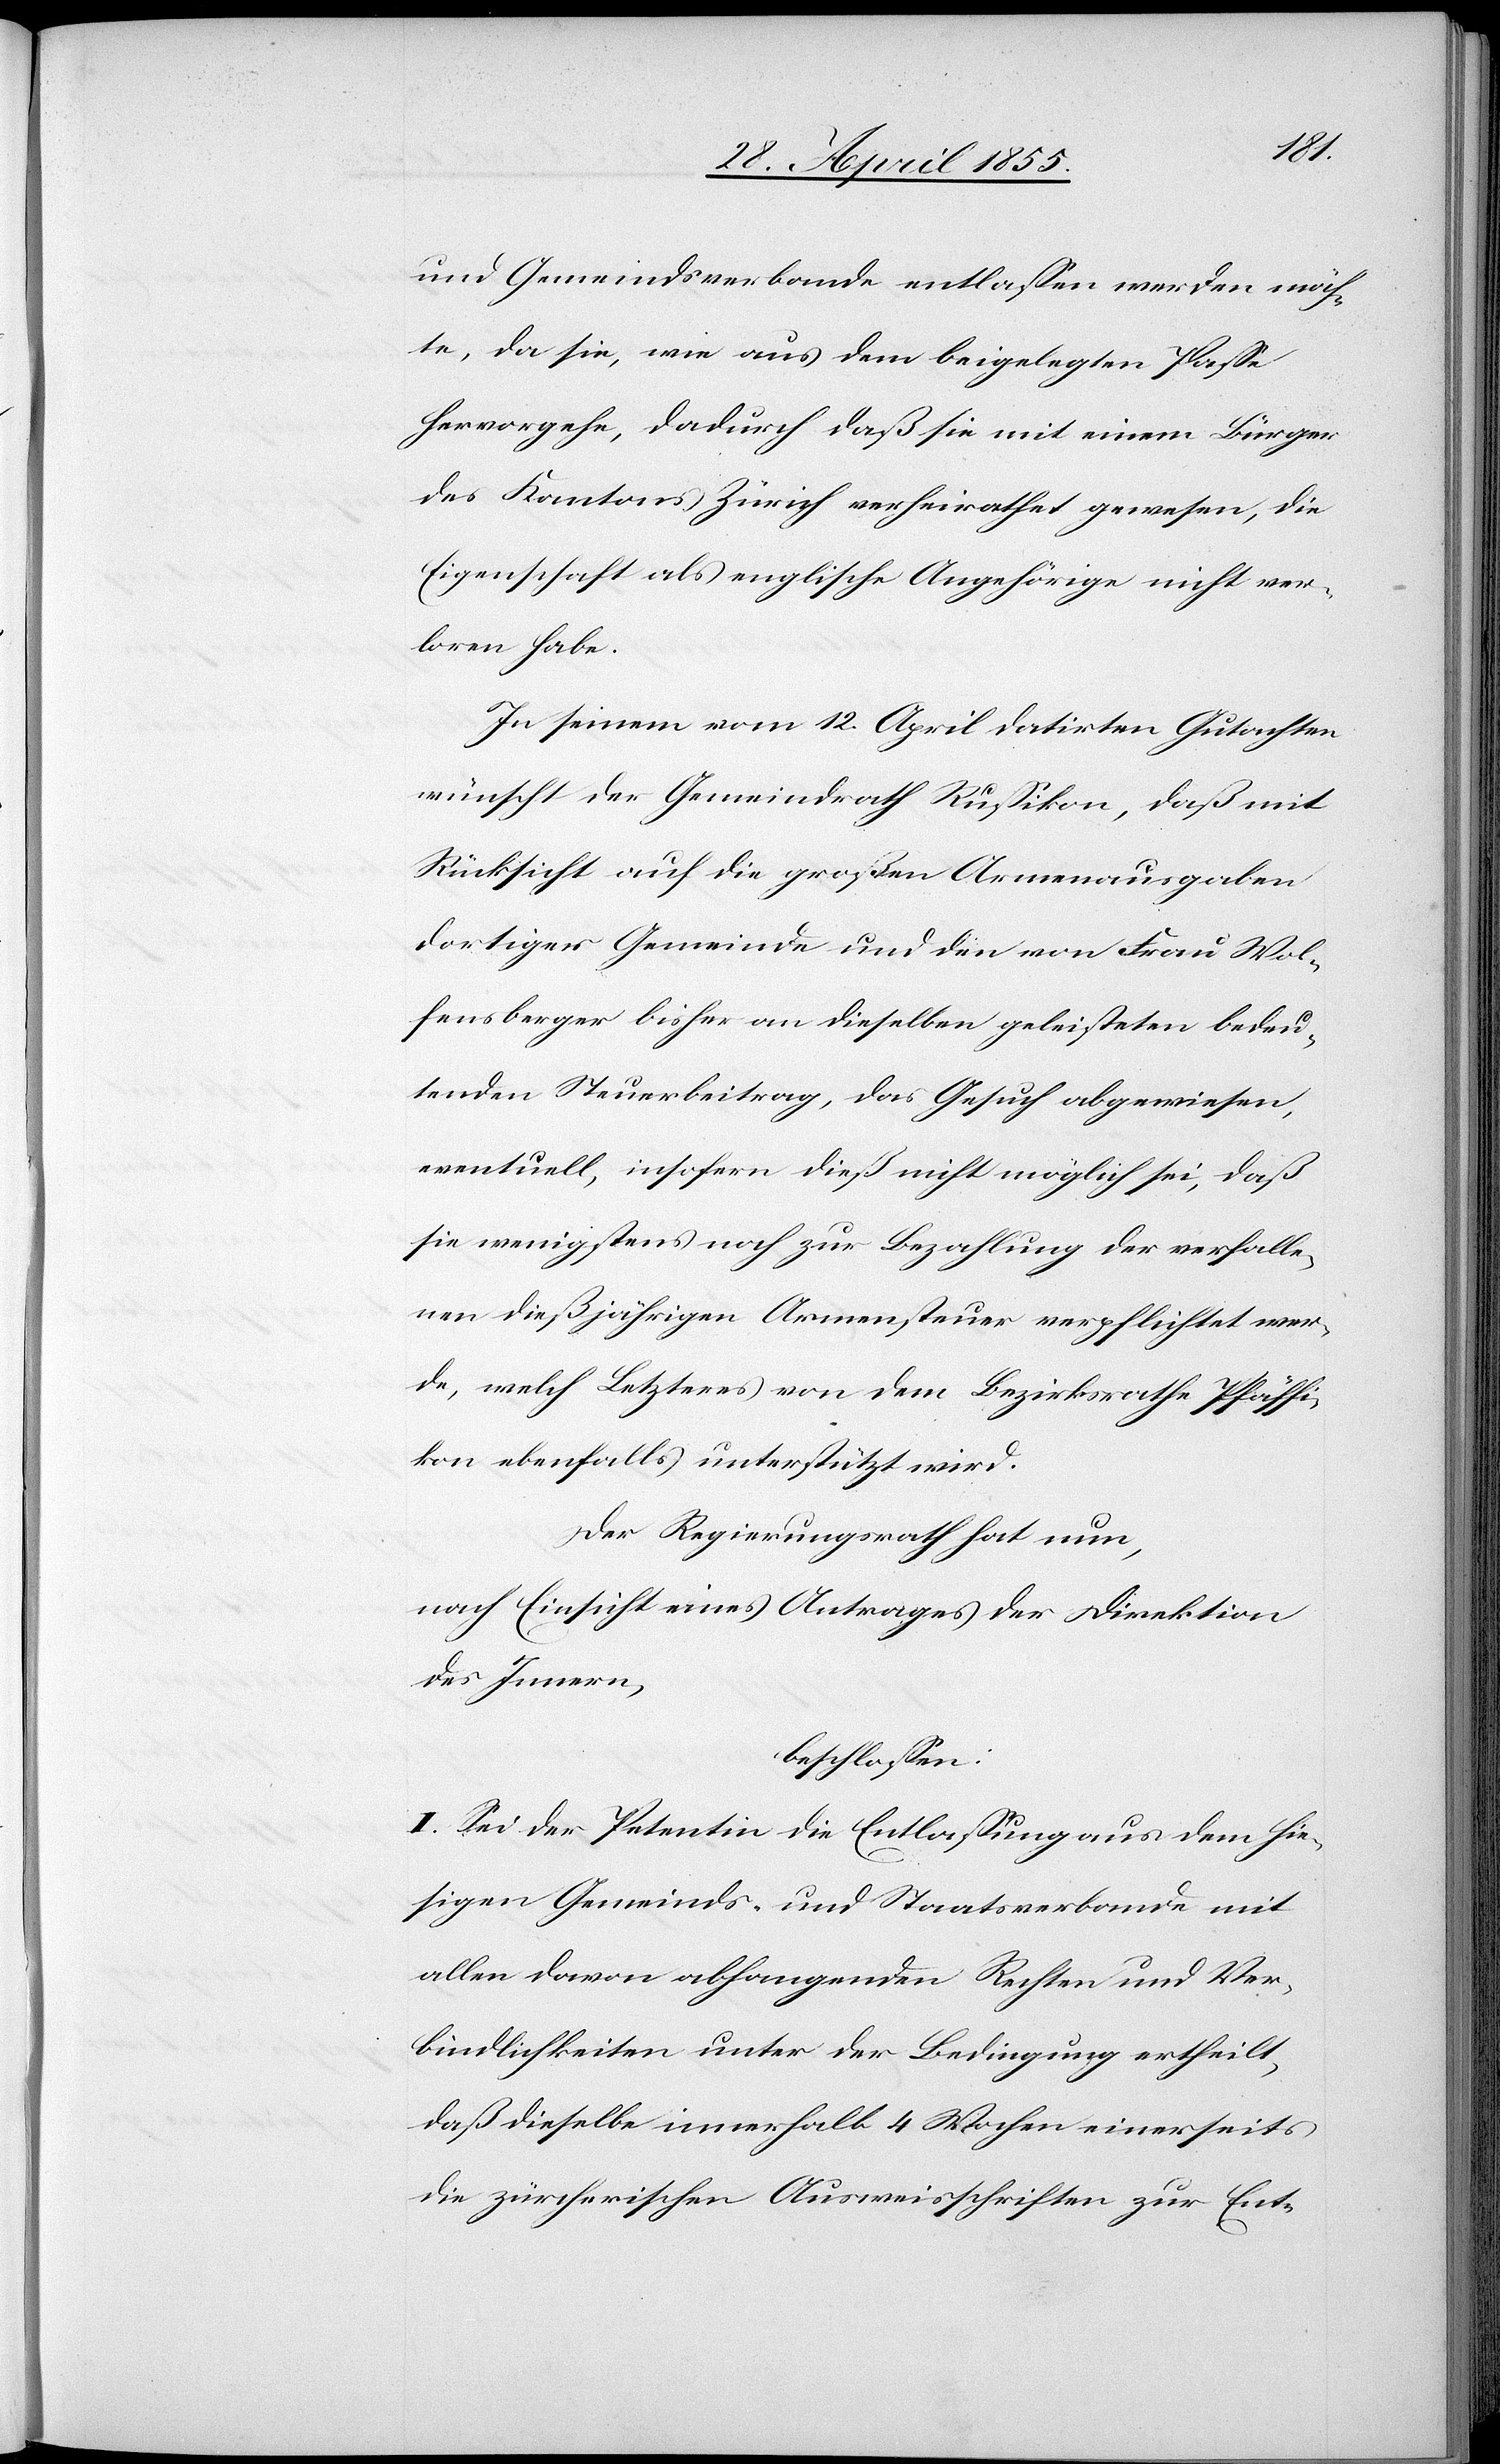
und Gemeindsverbande entlassen werden möch¬
te, da sie, wie aus dem beigelegten Passe
hervorgehe, dadurch daß sie mit einem Bürger
des Kantons Zürich verheirathet gewesen, die
Eigenschaft als englische Angehörige nicht ver¬
loren habe.
In seinem vom 12. April datirten Gutachten
wünscht der Gemeindrath Russikon, daß mit
Rücksicht auf die großen Armenausgaben
dortiger Gemeinde und den von Frau Wol¬
fensberger bisher an dieselben geleisteten bedeu¬
tenden Steuerbeitrag, das Gesuch abgewiesen,
eventuell, insofern dieß nicht möglich sei, daß
sie wenigstens noch zur Bezahlung der verfalle¬
nen dießjährigen Armensteuer verpflichtet wer¬
de, welch Letzteres von dem Bezirksrathe Pfäffi¬
kon ebenfalls unterstützt wird.
Der Regierungsrath hat nun,
nach Einsicht eines Antrages der Direktion
des Innern,
beschlossen:
I. Sei der Petentin die Entlassung aus dem hie¬
sigen Gemeinds- und Staatsverbande mit
allen davon abhangenden Rechten und Ver¬
bindlichkeiten unter der Bedingung ertheilt,
daß dieselbe innerhalb 4 Wochen einerseits
die zürcherischen Ausweisschriften zur Ent-